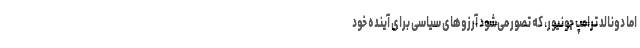
اما دونالد ترامپ جونیور، که تصور می‌شود آرزوهای سیاسی برای آینده خود